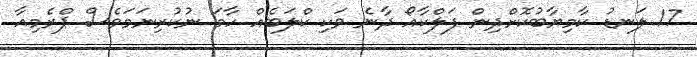
17 ލަނޑު ކާމިޔާބުކޮށްދިން ފަލްކާއޯ ދާނެ ވަކި ކްލަބެއް ހާމަ ނުކުރިނަމަވެސް ޕްރެމިއާ